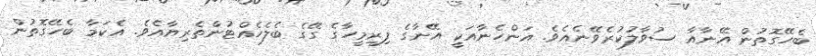
ބެހޭގޮތުން އޭނާއާ ސުވާލުކުރެވޭނެއެވެ. އަންހެނާއަކީ އޭނާގެ ފިރިމީހާގެ ގޭގެ ބެލެހެއްޓުންތެރިޔާއެވެ. އެކަމާ ބެހޭގޮތުން